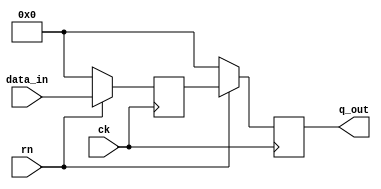
/*
 * Copyright (c) 2019 Xilinx Inc.
 * Written by Meera Bagdai. 
 * 
 * Permission is hereby granted, free of charge, to any person obtaining a copy 
 * of this software and associated documentation files (the 'Software'), to deal 
 * in the Software without restriction, including without limitation the rights 
 * to use, copy, modify, merge, publish, distribute, sublicense, and/or sell 
 * copies of the Software, and to permit persons to whom the Software is 
 * furnished to do so, subject to the following conditions: 
 * 
 * The above copyright notice and this permission notice shall be included in
 * all copies or substantial portions of the Software.
 *
 * THE SOFTWARE IS PROVIDED 'AS IS', WITHOUT WARRANTY OF ANY KIND, EXPRESS OR
 * IMPLIED, INCLUDING BUT NOT LIMITED TO THE WARRANTIES OF MERCHANTABILITY,
 * FITNESS FOR A PARTICULAR PURPOSE AND NONINFRINGEMENT. IN NO EVENT SHALL
 * THE AUTHORS OR COPYRIGHT HOLDERS BE LIABLE FOR ANY CLAIM, DAMAGES OR OTHER
 * LIABILITY, WHETHER IN AN ACTION OF CONTRACT, TORT OR OTHERWISE, ARISING FROM,
 * OUT OF OR IN CONNECTION WITH THE SOFTWARE OR THE USE OR OTHER DEALINGS IN
 * THE SOFTWARE.
 * 
 * Description: 
 *   synchronizer for input data_in.
 *   Minimum value for SYNC_FF is 2
 *
 */

module synchronizer #(
		      parameter SYNC_FF                              = 2
		      ,parameter D_WIDTH                              = 64
		      )  (
			  input [D_WIDTH-1:0] data_in
			  ,input ck
			  ,input rn 
			  ,output wire [D_WIDTH-1:0] q_out
			  );



   reg [D_WIDTH-1:0] 			      sync_reg [SYNC_FF-1:0];
   integer 				      k;

   always @(posedge ck) begin
      if (!rn) begin
	 for (k = 0; k <= SYNC_FF-1; k=k+1) begin
            sync_reg[k] <= 'h0;
	 end
      end else begin
	 sync_reg[0] <= data_in;
	 for (k = 1; k <= SYNC_FF-1; k=k+1) begin
            sync_reg[k] <= sync_reg[k-1];
	 end
      end
   end

   assign q_out = sync_reg[SYNC_FF-1];

endmodule